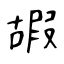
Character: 嘏